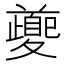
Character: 𭐱